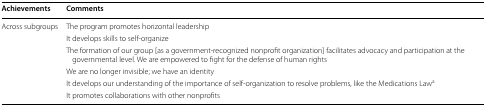
<table><thead><tr><td><b>Achievements</b></td><td><b>Comments</b></td></tr></thead><tbody><tr><td rowspan="6">Across subgroups</td><td>The program promotes horizontal leadership</td></tr><tr><td>It develops skills to self-organize</td></tr><tr><td>The formation of our group [as a government-recognized nonprofit organization] facilitates advocacy and participation at the governmental level. We are empowered to fight for the defense of human rights</td></tr><tr><td>We are no longer invisible; we have an identity</td></tr><tr><td>It develops our understanding of the importance of self-organization to resolve problems, like the Medications Law<sup>a</sup></td></tr><tr><td>It promotes collaborations with other nonprofits</td></tr></tbody></table>